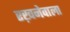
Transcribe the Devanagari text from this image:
रख़नेवाला